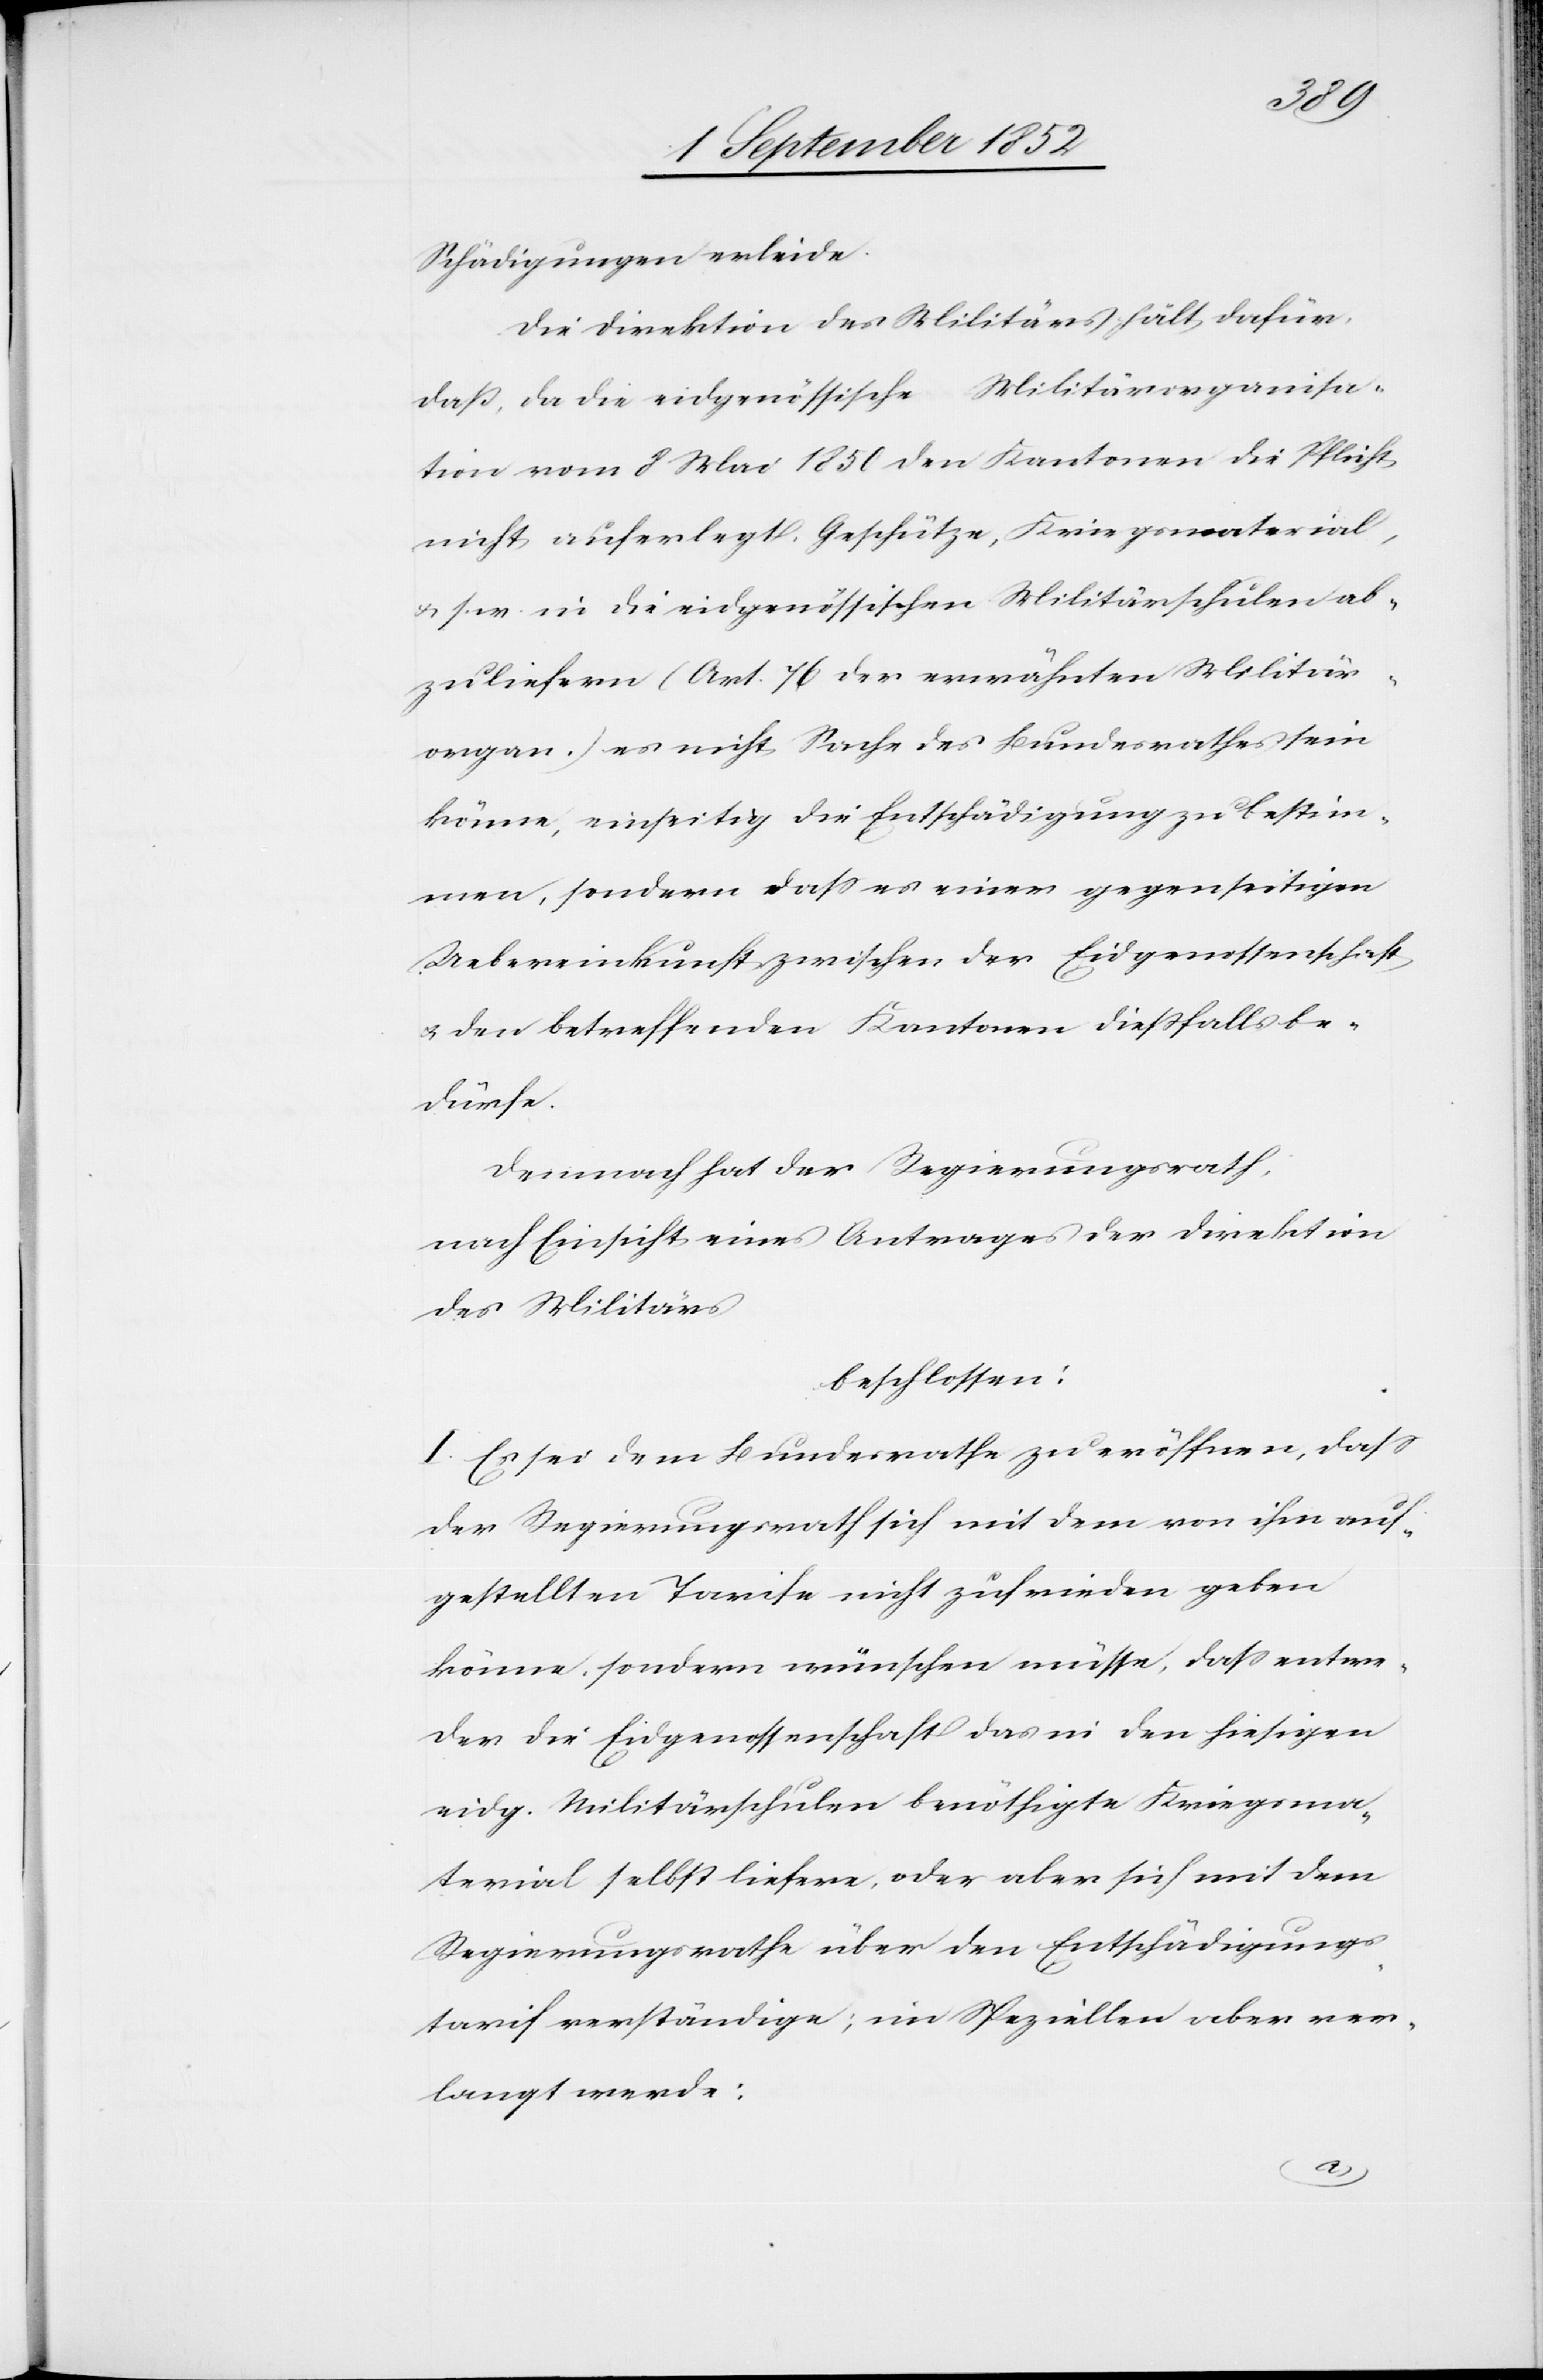
Schädigungen erleide.
Die Direktion des Militärs hält dafür,
daß, da die eidgenössische Militärorganisa¬
tion vom 8 Mai 1850 den Kantonen die Pflicht
nicht auferlegt, Geschütze, Kriegsmaterial,
s. w. in die eidgenössischen Militärschulen ab¬
zuliefern (Art. 76 der erwähnten Militär¬
organ.) es nicht Sache des Bundesrathes sein
könne, einseitig die Entschädigung zu bestim¬
men, sondern dass es einer gegenseitigen
Uebereinkunft zwischen der Eidgenossenschaft
& den betreffenden Kantonen dießfalls be¬
dürfe.
Demnach hat der Regierungsrath,
nach Einsicht eines Antrages der Direktion
des Militärs
beschlossen:
I. Es sei dem Bundesrathe zu eröffnen, dass
der Regierungsrath sich mit dem von ihm auf¬
gestellten Tarife nicht zufrieden geben
könne, sondern wünschen müsse, dass entwe¬
der die Eidgenossenschaft das in den hiesigen
eidg. Militärschulen benöthigte Kriegsma¬
terial selbst liefere, oder aber sich mit dem
Regierungsrathe über den Entschädigungs¬
tarif verständige; im Speziellen aber ver¬
langt werde: